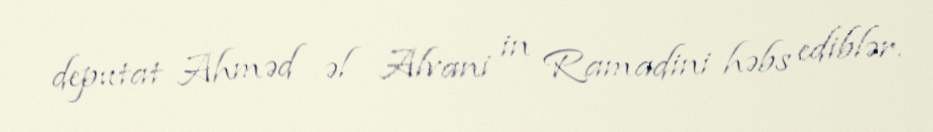
deputat Ahməd əl Alvani in Ramadini həbs ediblər.